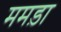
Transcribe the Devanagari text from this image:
ममड़ा